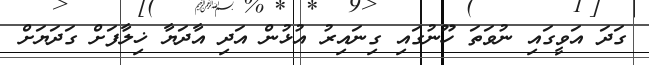
ގަދަ އަވީގައި ނުވަތަ ހޫނުގައި ގިނައިރު އުޅުން އަދި އާދަޔާ ޚިލާފަށް ގަދަޔަށް